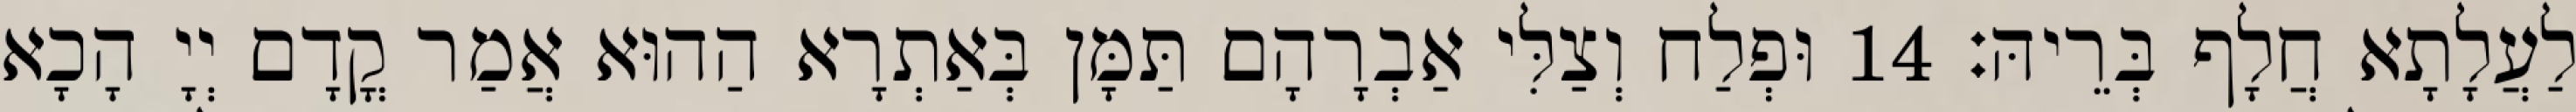
לַעֲלָתָא חֲלָף בְּרֵיהּ׃ 14 וּפְלַח וְצַלִּי אַבְרָהָם תַּמָּן בְּאַתְרָא הַהוּא אֲמַר קֳדָם יְיָ הָכָא